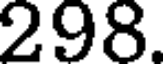
298.